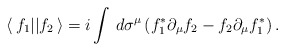
\begin{align*}\langle\, f_{1} || f_{2}\, \rangle =i \int\, d\sigma^{\mu}\,(f_{1}^{*}\partial_{\mu}f_{2} -f_{2}\partial_{\mu}f_{1}^{*}) \,.\end{align*}